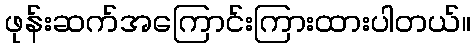
ဖုန်းဆက်အကြောင်းကြားထားပါတယ်။